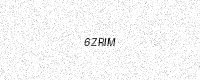
Text: 6ZRIM